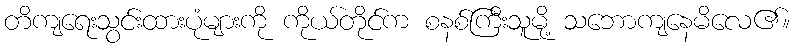
တိကျရေးသွင်းထားပုံများကို ကိုယ်တိုင်က စနစ်ကြီးသူမို့ သဘောကျနေမိလေ၏။